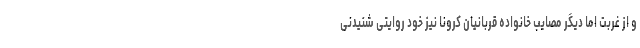
و از غربت اما دیگر مصایب خانواده قربانیان کرونا نیز خود روایتی شنیدنی